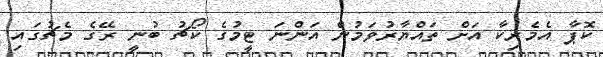
ކޮޕާ އެމެރިކާ އަށް ތައްޔާރުވަމުން އަންނަ ޓީމުގެ ކޯޗު ބުނީ ރޭގެ މެޗުގައި